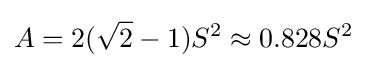
A=2({\sqrt {2}}-1)S^{2}\approx 0.828S^{2}